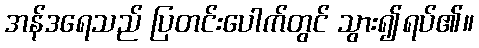
အန်ဒရေသည် ပြတင်းပေါက်တွင် သွား၍ရပ်၏။